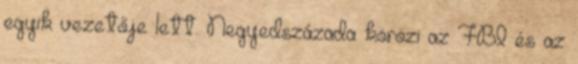
egyik vezetője lett. Negyedszázada körözi az FBI és az